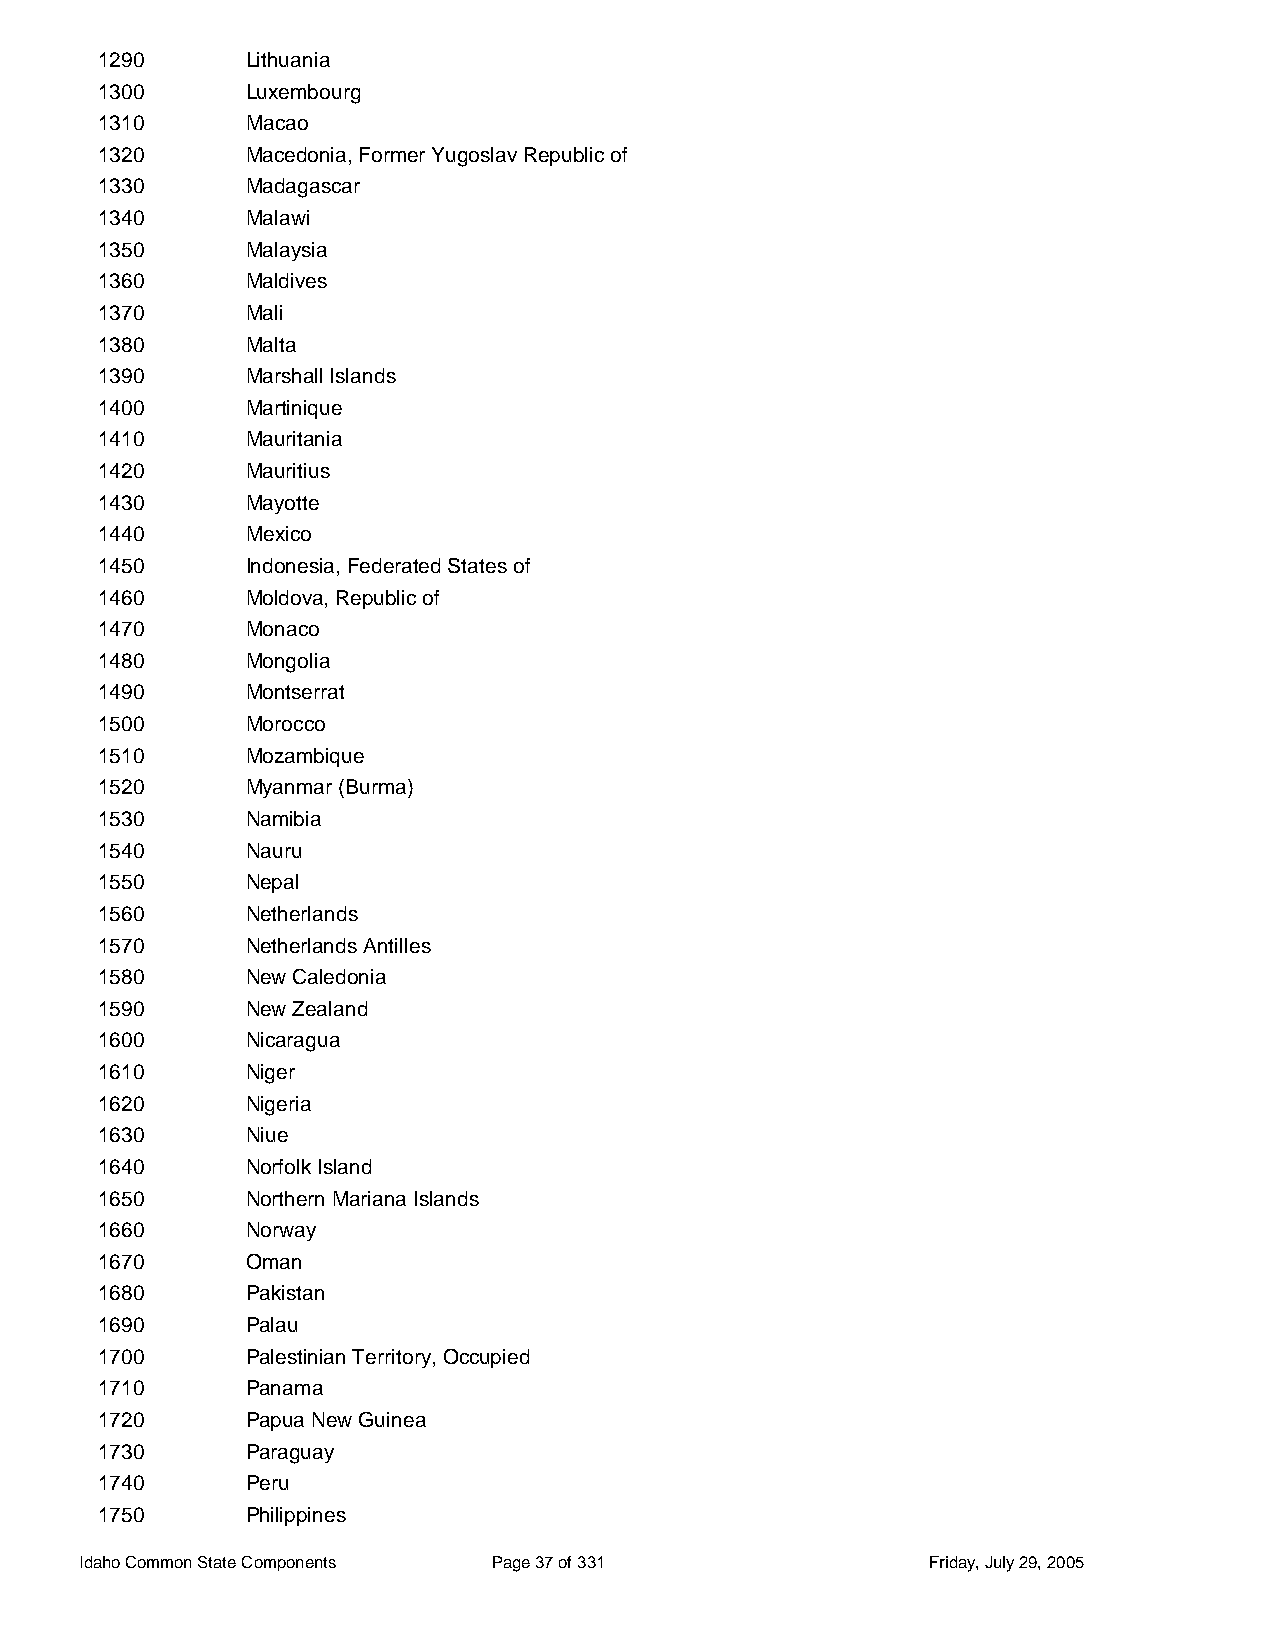
1290      Lithuania
 1300      Luxembourg
 1310      Macao
 1320      Macedonia, Former Yugoslav Republic of
 1330      Madagascar
 1340      Malawi
 1350      Malaysia
 1360      Maldives
 1370      Mali
 1380      Malta
 1390      Marshall Islands
 1400      Martinique
 1410      Mauritania
 1420      Mauritius
 1430      Mayotte
 1440      Mexico
 1450      Indonesia, Federated States of
 1460      Moldova, Republic of
 1470      Monaco
 1480      Mongolia
 1490      Montserrat
 1500      Morocco
 1510      Mozambique
 1520      Myanmar (Burma)
 1530      Namibia
 1540      Nauru
 1550      Nepal
 1560      Netherlands
 1570      Netherlands Antilles
 1580      New Caledonia
 1590      New Zealand
 1600      Nicaragua
 1610      Niger
 1620      Nigeria
 1630      Niue
 1640      Norfolk Island
 1650      Northern Mariana Islands
 1660      Norway
 1670      Oman
 1680      Pakistan
 1690      Palau
 1700      Palestinian Territory, Occupied
 1710      Panama
 1720      Papua New Guinea
 1730      Paraguay
 1740      Peru
 1750      Philippines
 Idaho Common State Components Page 37 of 331            Friday, July 29, 2005